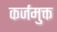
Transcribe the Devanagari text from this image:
कर्जमुक्त